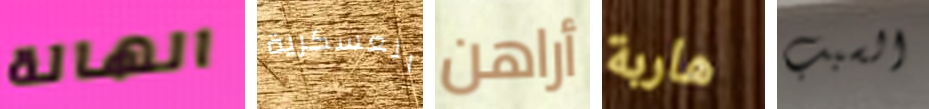
الهالة العسكرية أراهن هاربة السبب